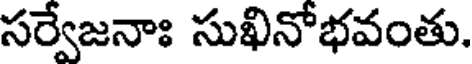
సర్వేజనాః సుఖినోభవంతు.